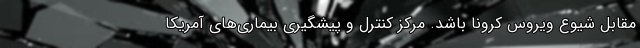
مقابل شیوع ویروس کرونا باشد. مرکز کنترل و پیشگیری بیماری‌های آمریکا